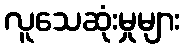
လူသေဆုံးမှုများ